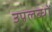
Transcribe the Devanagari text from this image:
उपलब्धों